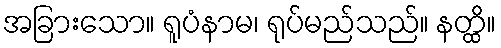
အခြားသော။ ရူပံနာမ၊ ရုပ်မည်သည်။ နတ္ထိ။